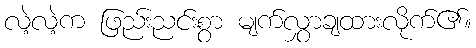
လဲ့လဲ့က ဖြည်းညင်းစွာ မျက်လွှာချထားလိုက်၏။